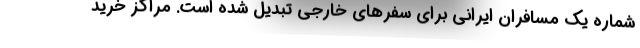
شماره یک مسافران ایرانی برای سفرهای خارجی تبدیل شده است. مراکز خرید